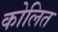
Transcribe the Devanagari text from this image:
कोलित